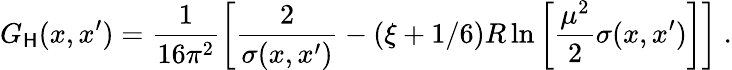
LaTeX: G_{\mathsf{H}}(x,x^{\prime})=\frac{1}{{16\pi^{2}}}\left[\frac{2}{{\sigma(x,x^{\prime})}}-(\xi+1/6)R\ln\left[\frac{{\mu^{2}}}{2}\sigma(x,x^{\prime})\right]\right]\ .